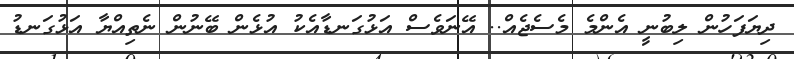
ދިޔަފަހުން ލިބުނީ އެންމެ މެސެޖެއް.. އޭނަވެސް އަޅުގަނޑާއެކު އުޅެން ބޭނުން ނެތިއްޔާ އަޅުގަނޑު